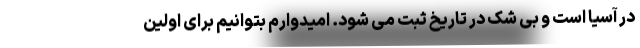
در آسیا است و بی شک در تاریخ ثبت می شود. امیدوارم بتوانیم برای اولین